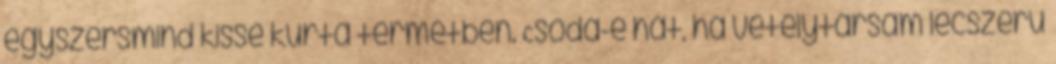
egyszersmind kissé kurta termetben. Csoda-e hát, ha vetélytársam lécszerű